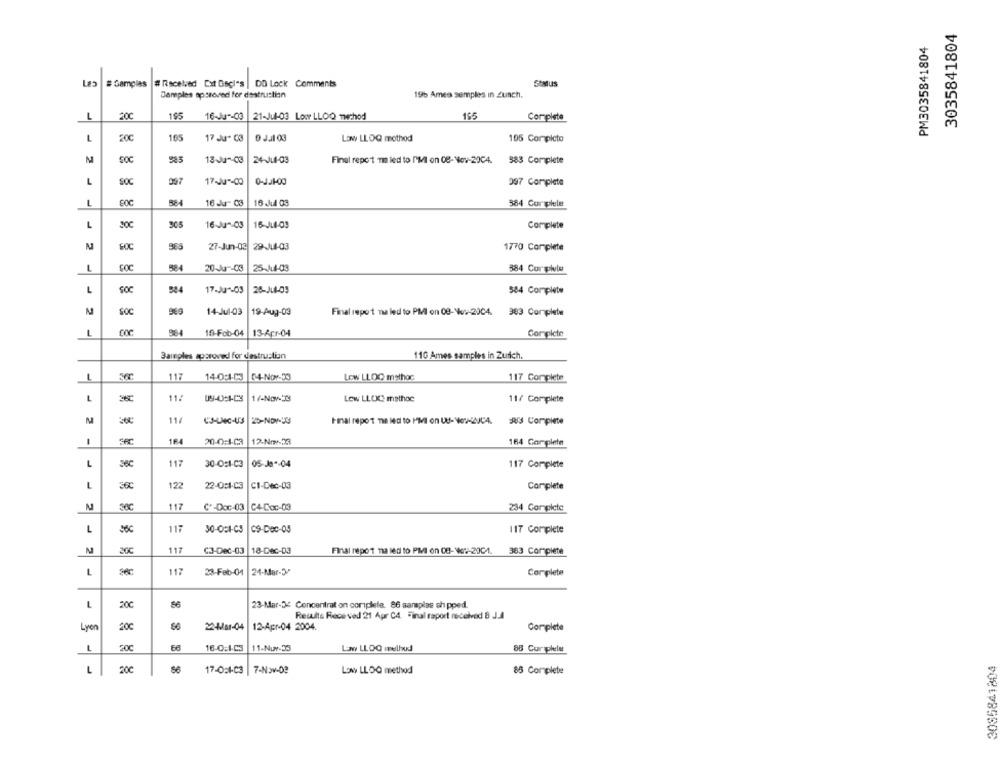
3035841804
PM3035841804
# Gamplas
# Racebred Cat Dagl's | DO Lock Comments
SOMUS
Samples approved for destruction
195 Ames semples in Zunch.
L
20C
155
16-Ju -- 03
21-Jul-03 Low LLOQ Twchod
Complete
20C
165
17 Ju- 03
0 Jal 03
Low LLOQ mothod
105 Completo
SOC
13~Ju -- 03
24-Jul-03
Final report mi led to IMl on CB-Nov-2004.
383 Complete
L
SÓC
097
17~Ju"-CO
097 Complete
L
80€
324
16 Ju- 03
16 .Ji4 03
384 Coralele
L
305
16-Jun-03
16-Jul-03
Complete
N
600
27-Jun-02 29-J4-03
1770 Complete
FOC
324
25-14-03
L
20 Ju -- 03
384 Corolla
584
17.Ju -03
28-JL4-03
584 Complete
14-Jul-03
19-Aug-03
Final report na led to PMI on 08-V :- 2004. 383 Complete
J 2
10-Fob-04 |13-Apr-04
Complete
Bamples approved for destruction
110 Ames samples in Zurich.
1
117
14-0:1-03 5-4-Nov-59
LOW LLOC methoc
117 Complete
L
11:
1/-Nov-53
Low LLOC methoc
11/ Complete
114
N
25-NOV-13
Final report na led to Mil on US- New-2CA. R Complete
1
1F4
20-0:4-03
164 Complete
L
36C
117
30-0:1-C3
05-Jaª-04
117 Complete
L
122
22-0:1-C3
CI-Dec-03
Complete
N
38C
117
C+-Doc-03 |C4-Coc-03
234 Complete
L
117
30-051-CS
C9-Dec-03
117 Complete
20€
117
C3-Dec-03
18-Dec-03
Final report ma led to PM on 08-Vol-2004. 363 Complete
L
117
23-Feb-04
24-Mar-3ª
Complete
23-Mar-34 Concentrat on complete. 86 sansplas sh pped.
Results Rece ved 21 Apr C4. Final raport received 8 J.A
Lyon
200
22-Mar-04
12-Apr-04 2004.
Complete
L
20C
16-0:1-C3
11-Nuv-33
Low LLOO melhod
88 Cur plele
3085841804
L
200
17-0:1-C3
7-Nov-De
Low LLOO method
85 Complete